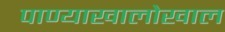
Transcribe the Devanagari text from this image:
पाण्याखालोखाल